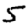
Digit: 5